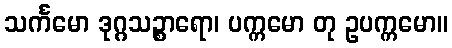
သင်္ကမော ဒုဂ္ဂသဉ္စာရော၊ ပက္ကမော တု ဥပက္ကမော။